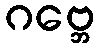
ဂဗ္ဘေ